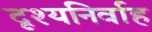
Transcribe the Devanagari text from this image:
दृश्यनिर्वाह